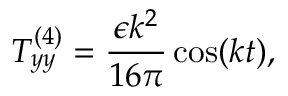
T _ { y y } ^ { ( 4 ) } = \frac { \epsilon k ^ { 2 } } { 1 6 \pi } \cos ( k t ) ,